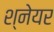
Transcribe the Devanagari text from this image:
श्नेयर